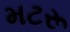
મટરૂ